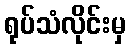
ရုပ်သံလိုင်းမှ